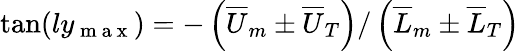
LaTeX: \tan(ly_{\mathrm{~m~a~x~}})=-\left({\overline{{U}}_{m}}\pm{\overline{{U}}_{T}}\right)/\left({\overline{{L}}_{m}}\pm{\overline{{L}}_{T}}\right)